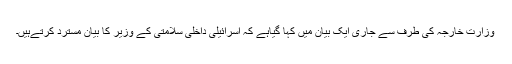
وزارت خارجہ کی طرف سے جاری ایک بیان میں کہا گیاہے کہ اسرائیلی داخلی سلامتی کے وزیر کا بیان مسترد کرتےہیں۔